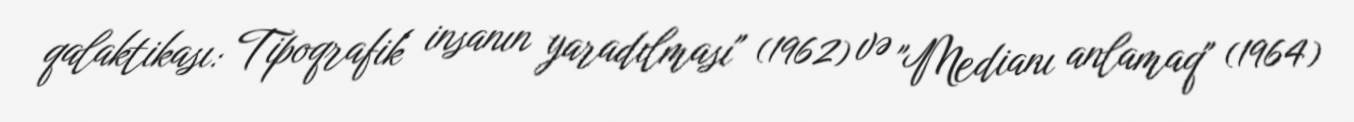
qalaktikası: Tipoqrafik insanın yaradılması" (1962) və "Medianı anlamaq" (1964)